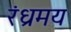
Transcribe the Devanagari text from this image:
रंध्रमय